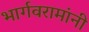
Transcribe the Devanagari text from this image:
भार्गवरामांनी